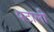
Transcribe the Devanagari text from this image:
पटाली